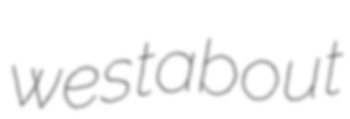
westabout